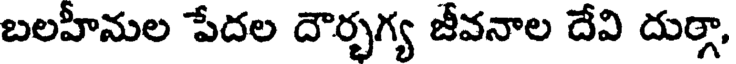
బలహీనుల పేదల దౌర్భగ్య జీవనాల దేవి దుర్గా,